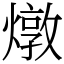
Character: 燉